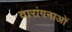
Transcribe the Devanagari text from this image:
वारांगनाओं